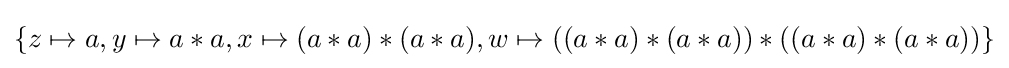
\{z\mapsto a,y\mapsto a*a,x\mapsto (a*a)*(a*a),w\mapsto ((a*a)*(a*a))*((a*a)*(a*a))\}